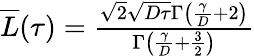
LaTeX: \begin{array}{r}{\overline{{L}}(\tau)=\frac{\sqrt{2}\sqrt{D\tau}\Gamma\left(\frac{\gamma}{D}+2\right)}{\Gamma\left(\frac{\gamma}{D}+\frac{3}{2}\right)}}\end{array}